Insane asylums in Bengal annual reports 1867-1875 - 1867-1875
Year: 1867
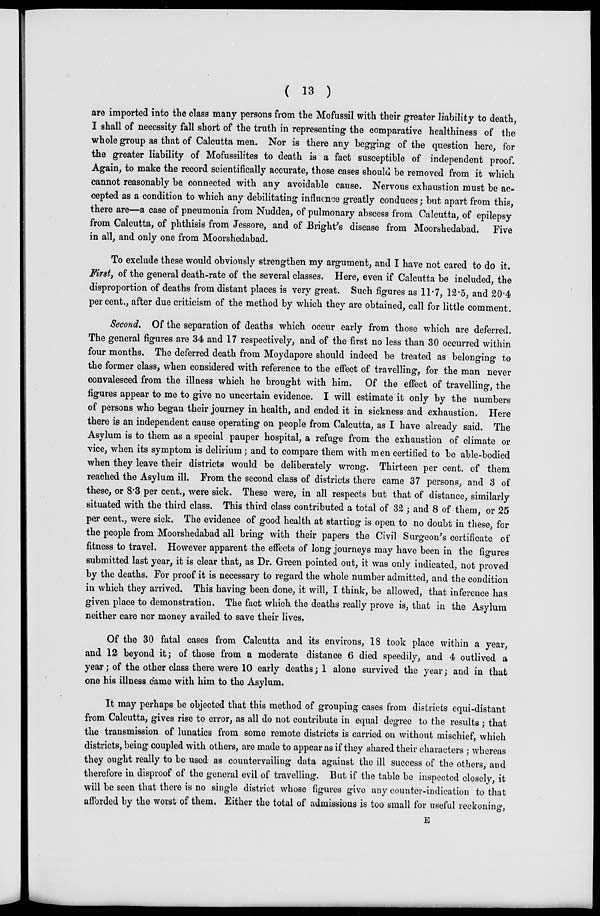
( 13 )
are imported into the class many persons from the Mofussil with their greater liability to death,
I shall of necessity fall short of the truth in representing the comparative healthiness of the
whole group as that of Calcutta men. Nor is there any begging of the question here, for
the greater liability of Mofussilites to death is a fact susceptible of independent proof.
Again, to make the record scientifically accurate, those cases should be removed from it which
cannot reasonably be connected with any avoidable cause. Nervous exhaustion must be ac-
cepted as a condition to which any debilitating influence greatly conduces; but apart from this,
there are—a case of pneumonia from Nuddea, of pulmonary abscess from Calcutta, of epilepsy
from Calcutta, of phthisis from Jessore, and of Bright's disease from Moorshedabad. Five
in all, and only one from Moorshedabad.
To exclude these would obviously strengthen my argument, and I have not cared to do it.
First, of the general death-rate of the several classes. Here, even if Calcutta be included, the
disproportion of deaths from distant places is very great. Such figures as 11.7, 12.5, and 20.4
percent., after due criticism of the method by which they are obtained, call for little comment.
Second. Of the separation of deaths which occur early from those which are deferred.
The general figures are 34 and 17 respectively, and of the first no less than 30 occurred within
four months. The deferred death from Moydapore should indeed be treated as belonging to
the former class, when considered with reference to the effect of travelling, for the man never
convalesced from the illness which he brought with him. Of the effect of travelling, the
figures appear to me to give no uncertain evidence. I will estimate it only by the numbers
of persons who began their journey in health, and ended it in sickness and exhaustion. Here
there is an independent cause operating on people from Calcutta, as I have already said. The
Asylum is to them as a special pauper hospital, a refuge from the exhaustion of climate or
vice, when its symptom is delirium; and to compare them with men certified to be able-bodied
when they leave their districts would be deliberately wrong. Thirteen per cent. of them
reached the Asylum ill. From the second class of districts there came 37 persons, and 3 of
these, or 8.3 per cent., were sick. These were, in all respects but that of distance, similarly
situated with the third class. This third class contributed a total of 32 ; and 8 of them, or 25
per cent., were sick. The evidence of good health at starting is open to no doubt in these, for
the people from Moorshedabad all bring with their papers the Civil Surgeon's certificate of
fitness to travel. However apparent the effects of long journeys may have been in the figures
submitted last year, it is clear that, as Dr. Green pointed out, it was only indicated, not proved
by the deaths. For proof it is necessary to regard the whole number admitted, and the condition
in which they arrived. This having been done, it will, I think, be allowed, that inference has
given place to demonstration. The fact which the deaths really prove is, that in the Asylum
neither care nor money availed to save their lives.
Of the 30 fatal cases from Calcutta and its environs, 18 took place within a year,
and 12 beyond it; of those from a moderate distance 6 died speedily, and 4 outlived a
year; of the other class there were 10 early deaths; 1 alone survived the year; and in that
one his illness came with him to the Asylum.
It may perhaps be objected that this method of grouping cases from districts equi-distant
from Calcutta, gives rise to error, as all do not contribute in equal degree to the results ; that
the transmission of lunatics from some remote districts is carried on without mischief, which
districts, being coupled with others, are made to appear as if they shared their characters ; whereas
they ought really to be: used as countervailing data against the ill success of the others, and
therefore in disproof of the general evil of travelling. But if the table be inspected closely, it
will be seen that there is no single district whose figures give any counter-indication to that
afforded by the worst of them. Either the total of admissions is too small for useful reckoning,
E